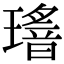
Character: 𤪅